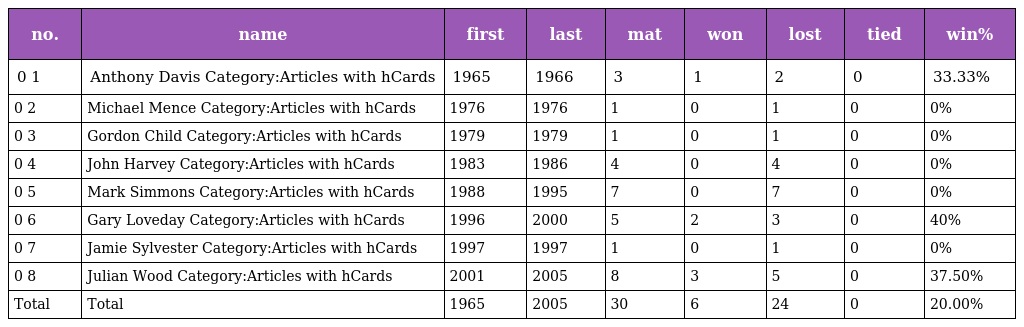
| no. | name | first | last | mat | won | lost | tied | win% |
 | --- | --- | --- | --- | --- | --- | --- | --- | --- |
 | 0 1 | Anthony Davis Category:Articles with hCards | 1965 | 1966 | 3 | 1 | 2 | 0 | 33.33% |
 | 0 2 | Michael Mence Category:Articles with hCards | 1976 | 1976 | 1 | 0 | 1 | 0 | 0% |
 | 0 3 | Gordon Child Category:Articles with hCards | 1979 | 1979 | 1 | 0 | 1 | 0 | 0% |
 | 0 4 | John Harvey Category:Articles with hCards | 1983 | 1986 | 4 | 0 | 4 | 0 | 0% |
 | 0 5 | Mark Simmons Category:Articles with hCards | 1988 | 1995 | 7 | 0 | 7 | 0 | 0% |
 | 0 6 | Gary Loveday Category:Articles with hCards | 1996 | 2000 | 5 | 2 | 3 | 0 | 40% |
 | 0 7 | Jamie Sylvester Category:Articles with hCards | 1997 | 1997 | 1 | 0 | 1 | 0 | 0% |
 | 0 8 | Julian Wood Category:Articles with hCards | 2001 | 2005 | 8 | 3 | 5 | 0 | 37.50% |
 | Total | Total | 1965 | 2005 | 30 | 6 | 24 | 0 | 20.00% |